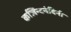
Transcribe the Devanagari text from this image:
कलिन्दनंदिनी